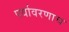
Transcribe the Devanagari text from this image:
पर्यावरणाच